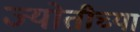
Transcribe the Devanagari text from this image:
ज्योतीच्या